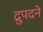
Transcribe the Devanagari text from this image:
द्रुपदने